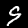
Digit: 9